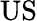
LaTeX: \mathrm{US}